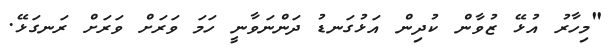
"މިހާރު އުޅޭ ޒުވާން ކުދިން އަޅުގަނޑު ދަންނަވާނީ ހަމަ ވަރަށް ވަރަށް ރަނގަޅޭ.